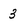
Character: 3